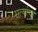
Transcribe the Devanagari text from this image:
सत्यांचा